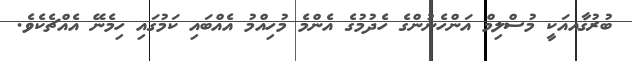
ބުރުގާއއަކީ މުސްލިމް އަންހެނުންގެ ހެދުމުގެ އެންމެ މުހިއްމު އެއްބައި ކަމުގައި ހިމެނޭ އެއްޗެކެވެ.